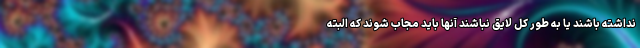
نداشته باشند یا به طور کل لایق نباشند آنها باید مجاب شوند که البته